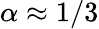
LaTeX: \alpha\approx 1/3